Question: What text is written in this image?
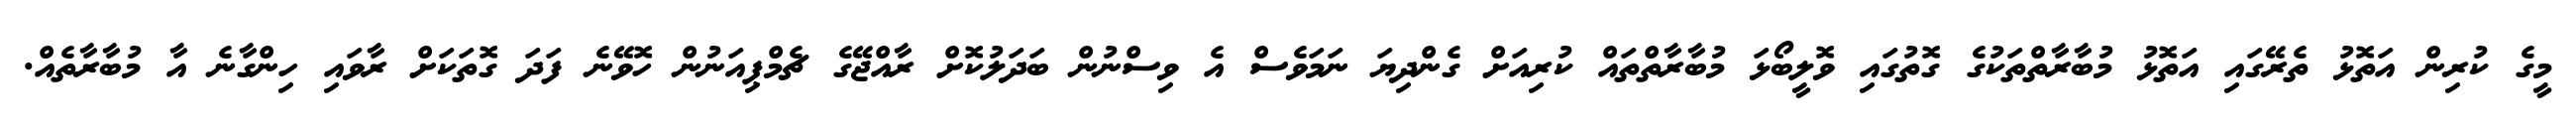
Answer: މީގެ ކުރިން އަތޮޅު ތެރޭގައި އަތޮޅު މުބާރާތްތަކުގެ ގޮތުގައި ވޮލީބޯޅަ މުބާރާތްތައް ކުރިއަށް ގެންދިޔަ ނަމަވެސް އެ ވިސްނުން ބަދަލުކޮށް ރާއްޖޭގެ ޗެމްޕިއަނުން ހޮވޭނެ ފަދަ ގޮތަކަށް ރާވައި ހިންގާނެ އާ މުބާރާތެއް.